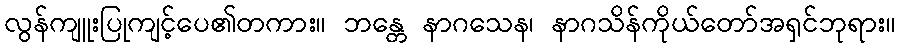
လွန်ကျူးပြုကျင့်ပေ၏တကား။ ဘန္တေ နာဂသေန၊ နာဂသိန်ကိုယ်တော်အရှင်ဘုရား။